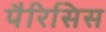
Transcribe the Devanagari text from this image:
पैरिसिस